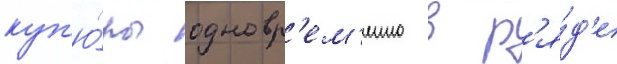
куп'ю́ры одновр'ем'енно в р'я́д'е